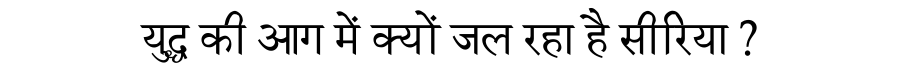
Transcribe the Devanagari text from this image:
युद्ध की आग में क्यों जल रहा है सीरिया ?